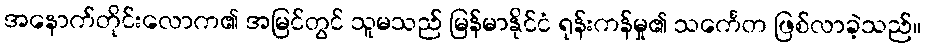
အနောက်တိုင်းလောက၏ အမြင်တွင် သူမသည် မြန်မာနိုင်ငံ ရုန်းကန်မှု၏ သင်္ကေတ ဖြစ်လာခဲ့သည်။